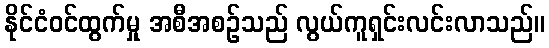
နိုင်ငံဝင်ထွက်မှု အစီအစဉ်သည် လွယ်ကူရှင်းလင်းလာသည်။